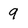
Character: 9